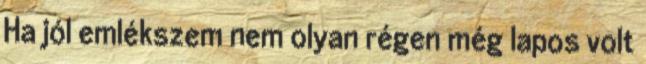
Ha jól emlékszem nem olyan régen még lapos volt